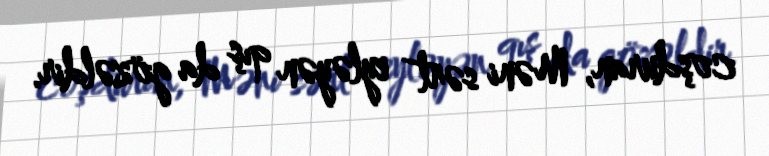
coşduran, Məni sərt eyləyən qış da gözəldir.